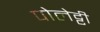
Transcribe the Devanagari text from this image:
पोलेट्टी